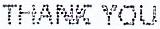
THANK YOU